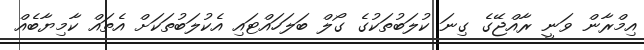
އިމްރާން ވަނީ ރާއްޖޭގެ ގިނަ ކުލަބުތަކުގެ ގޯލް ބަލަހައްޓައި އެކުލަބުތަކަށް އެތައް ކާމިޔާބެއް